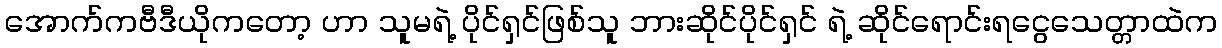
အောက်ကဗီဒီယိုကတော့ ဟာ သူမရဲ့ ပိုင်ရှင်ဖြစ်သူ ဘားဆိုင်ပိုင်ရှင် ရဲ့ ဆိုင်ရောင်းရငွေသေတ္တာထဲက